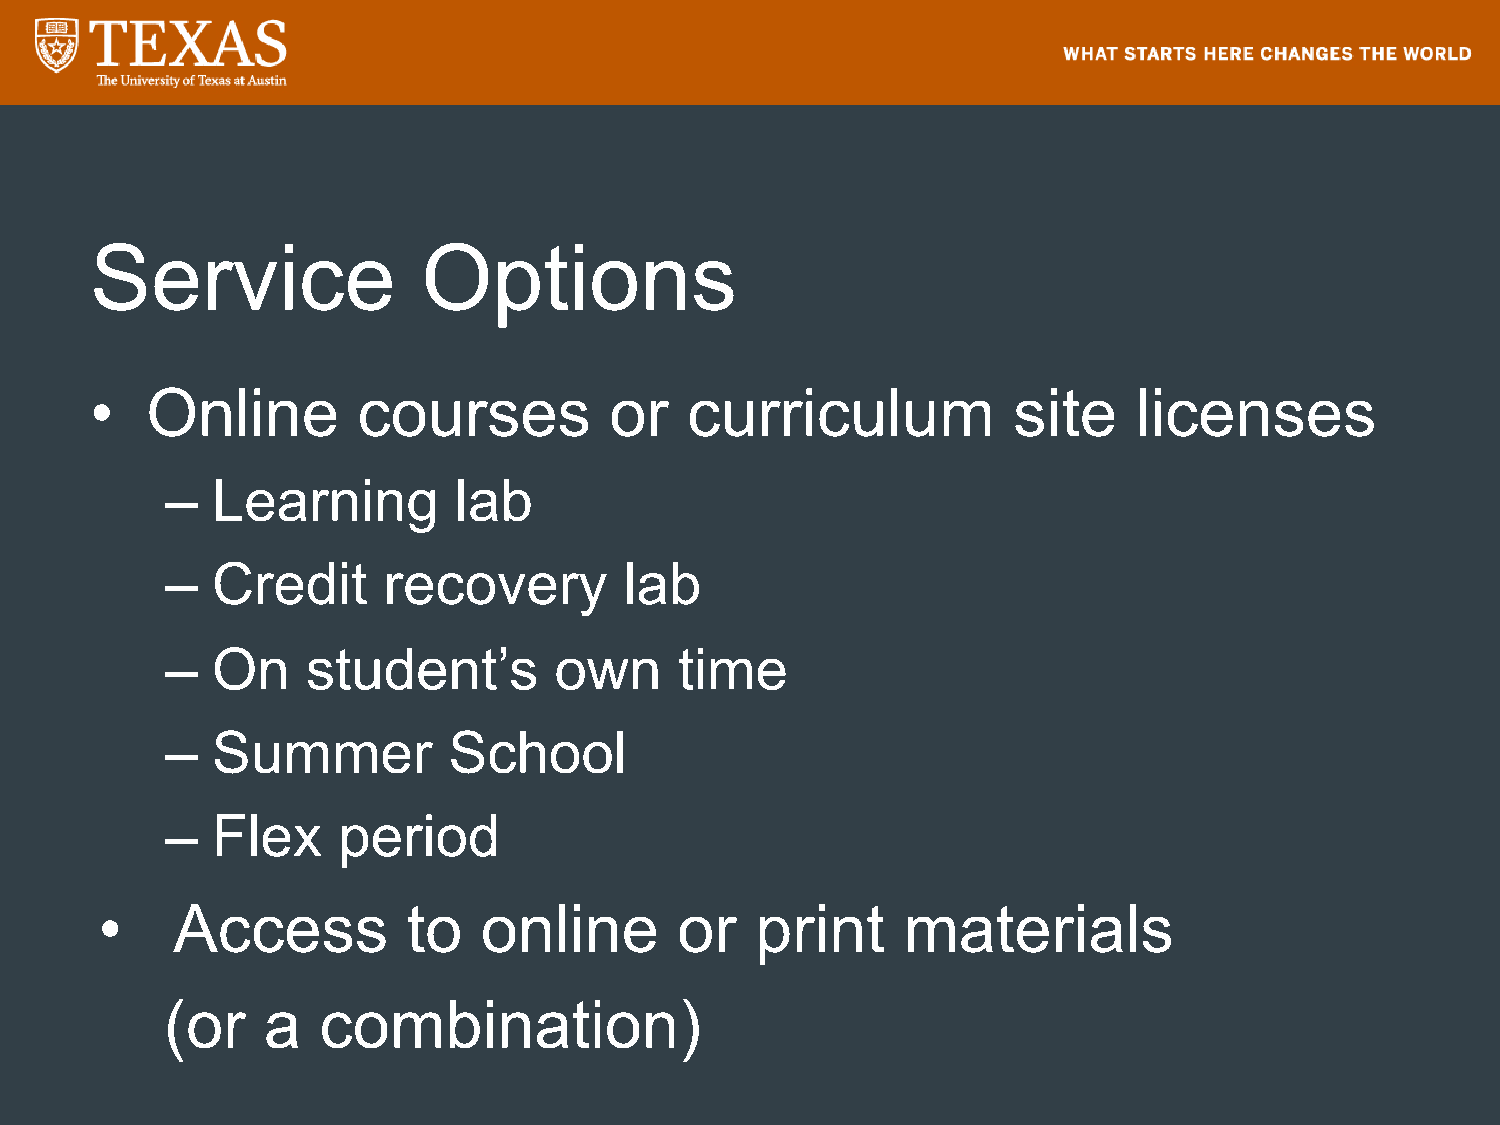
Service               Options
 •   Online        courses         or    curriculum           site    licenses
 –  Learning        lab
 –  Credit     recovery        lab
 –  On    student’s        own     time
 –  Summer          School
 –  Flex    period
 •   Access          to   online       or   print     materials
 (or   a   combination)